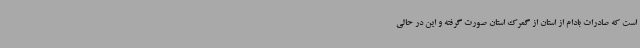
است که صادرات بادام از استان از گمرک استان صورت گرفته و این در حالی